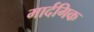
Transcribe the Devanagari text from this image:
मार्दगिक